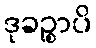
ဒုခဉ္စာပိ